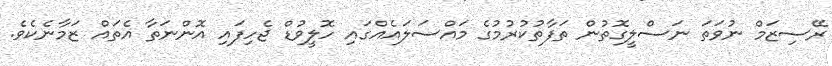
ރޭސިޒަމް ނުވަތަ ނަސްލީގޮތުން ތަފާތުކުރުމުގެ މައްސަލައެއްގައި ހޮލީވުޑް ޖެހިފައި އޮންނަތާ އެތައް ޒަމާނެކެވެ.